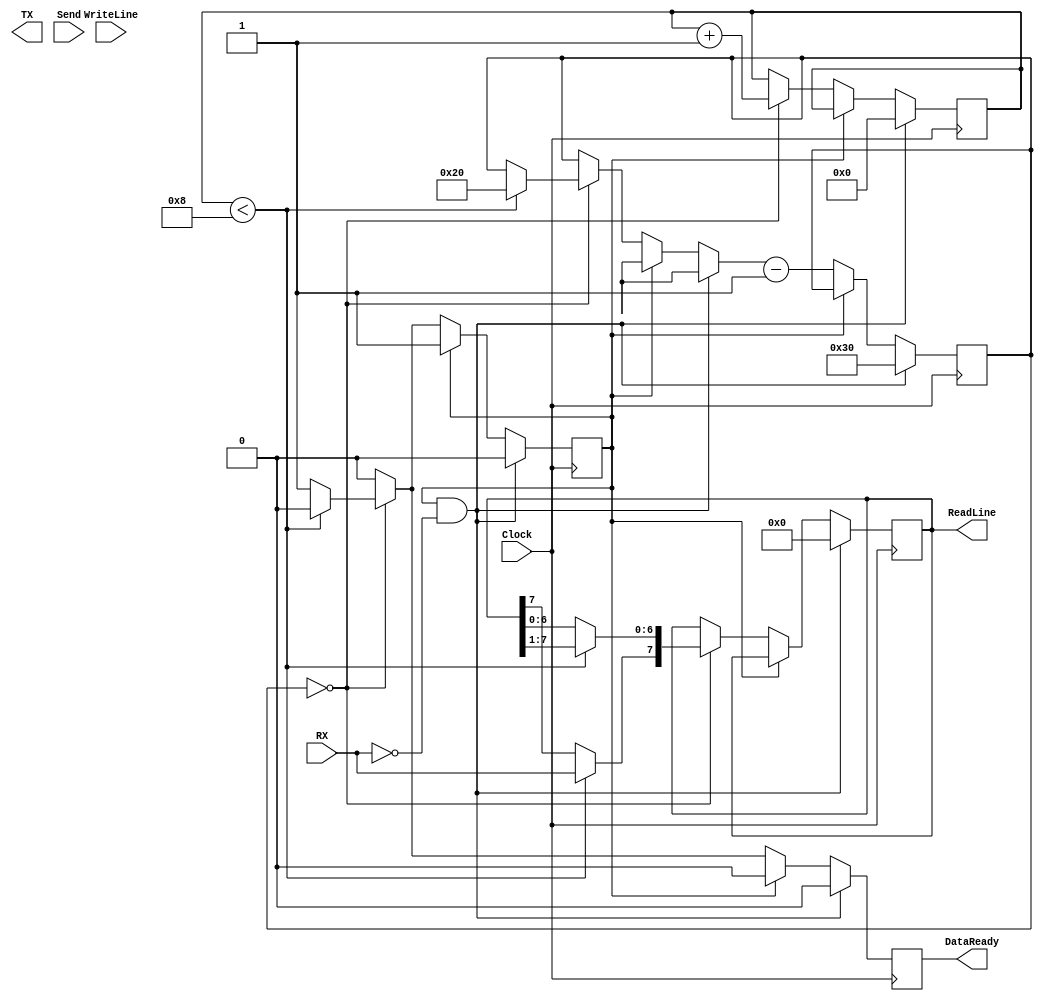

module RS232_Impl(

	input Clock,
	
	input RX,
	output TX,
	
	output [7:0] ReadLine,
	output DataReady,
	
	input [7:0] WriteLine,
	input Send
	
	
);

reg rx_idle = 1;

reg [3:0] rx_bit;
reg [5:0] rx_delay; //Clock divider
reg [7:0] rx_shift_register;
reg rx_data_ready = 0;

assign DataReady = rx_data_ready;
assign ReadLine = rx_shift_register;

//RX Code
always@(posedge Clock)
begin

	if(rx_data_ready == 1)
	begin
		rx_data_ready <= 0;
	end
	

	if(rx_idle && !RX)
	begin
		rx_idle = 0;
		rx_bit = 0;
		rx_delay = 6'b110000;
		rx_shift_register[7:0] = 8'b0;
	end
	
	//Main loop
	else if (!rx_idle)
	begin
		
		if(rx_delay == 6'b000000)
		begin
			//Time to sample RX
			
			if( rx_bit[3:0] < 4'd8)
			begin
				rx_shift_register[7:0] = rx_shift_register >> 1;
				rx_shift_register[7] = RX;
				rx_delay[5:0] = 6'b100000;
			end
			else begin
				rx_idle <= 1;
				rx_data_ready <= 1;
			end

			rx_bit[3:0] = rx_bit[3:0] + 1;			
		end
		
	rx_delay[5:0] <= rx_delay[5:0] - 1;
	end
end




endmodule